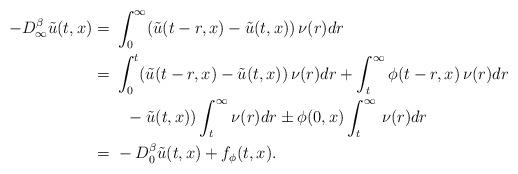
LaTeX: \begin{align*}-D_{\infty}^{\beta} \tilde u(t,x)=&\ \int_0^{\infty}(\tilde u(t-r,x)-\tilde u(t,x))\,\nu(r)dr\\=&\ \int_0^{t}(\tilde u(t-r,x)-\tilde u(t,x))\,\nu(r)dr+\int_t^{\infty}\phi(t-r,x)\,\nu(r)dr\\&\quad-\tilde u(t,x))\int_t^\infty\nu(r)dr \pm \phi(0,x)\int_t^\infty\,\nu(r)dr\\=&\ -D_{0}^{\beta} \tilde u(t,x)+f_\phi(t,x).\end{align*}